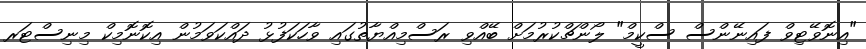
"އިނޮވޭޓިވް ފައިނޭންސް ސްކީމް" ލޯންޗްކުރުމަށް ބޭއްވި ރަސްމިއްޔާތުގައި ވާހަކަފުޅު ދައްކަވަމުން އިކޮނޮމިކް މިނިސްޓަރ